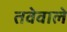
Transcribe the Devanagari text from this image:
तवेवाले